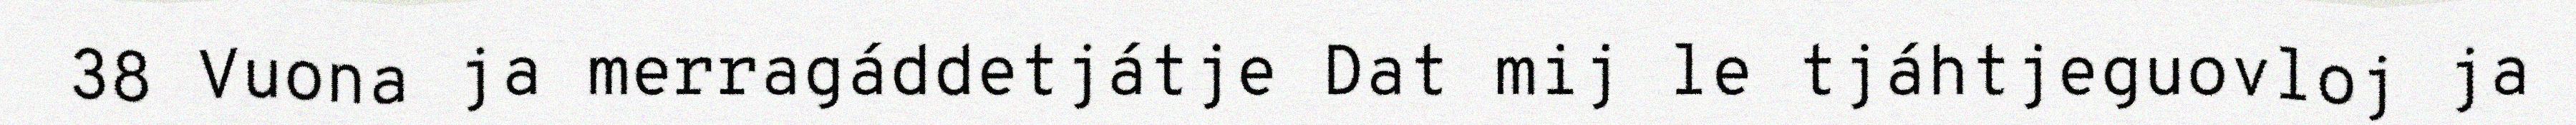
38 Vuona ja merragáddetjátje Dat mij le tjáhtjeguovloj ja